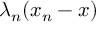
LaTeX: \lambda _ { n } ( x _ { n } - x )